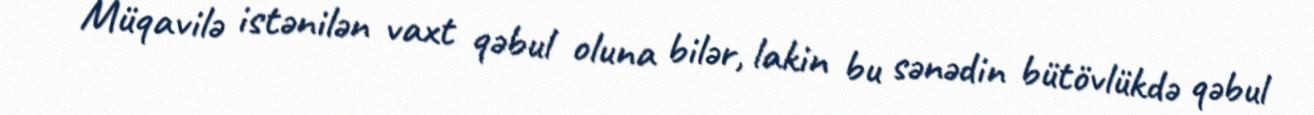
Müqavilə istənilən vaxt qəbul oluna bilər, lakin bu sənədin bütövlükdə qəbul